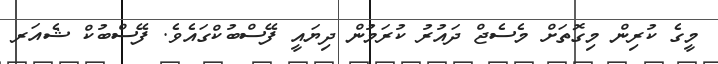
މީގެ ކުރިން މިގޮތަށް މެސެޖް ދައުރު ކުރަމުން ދިޔައީ ފޭސްބުކްގައެވެ. ފޭސްބުކް ޝެއަރ